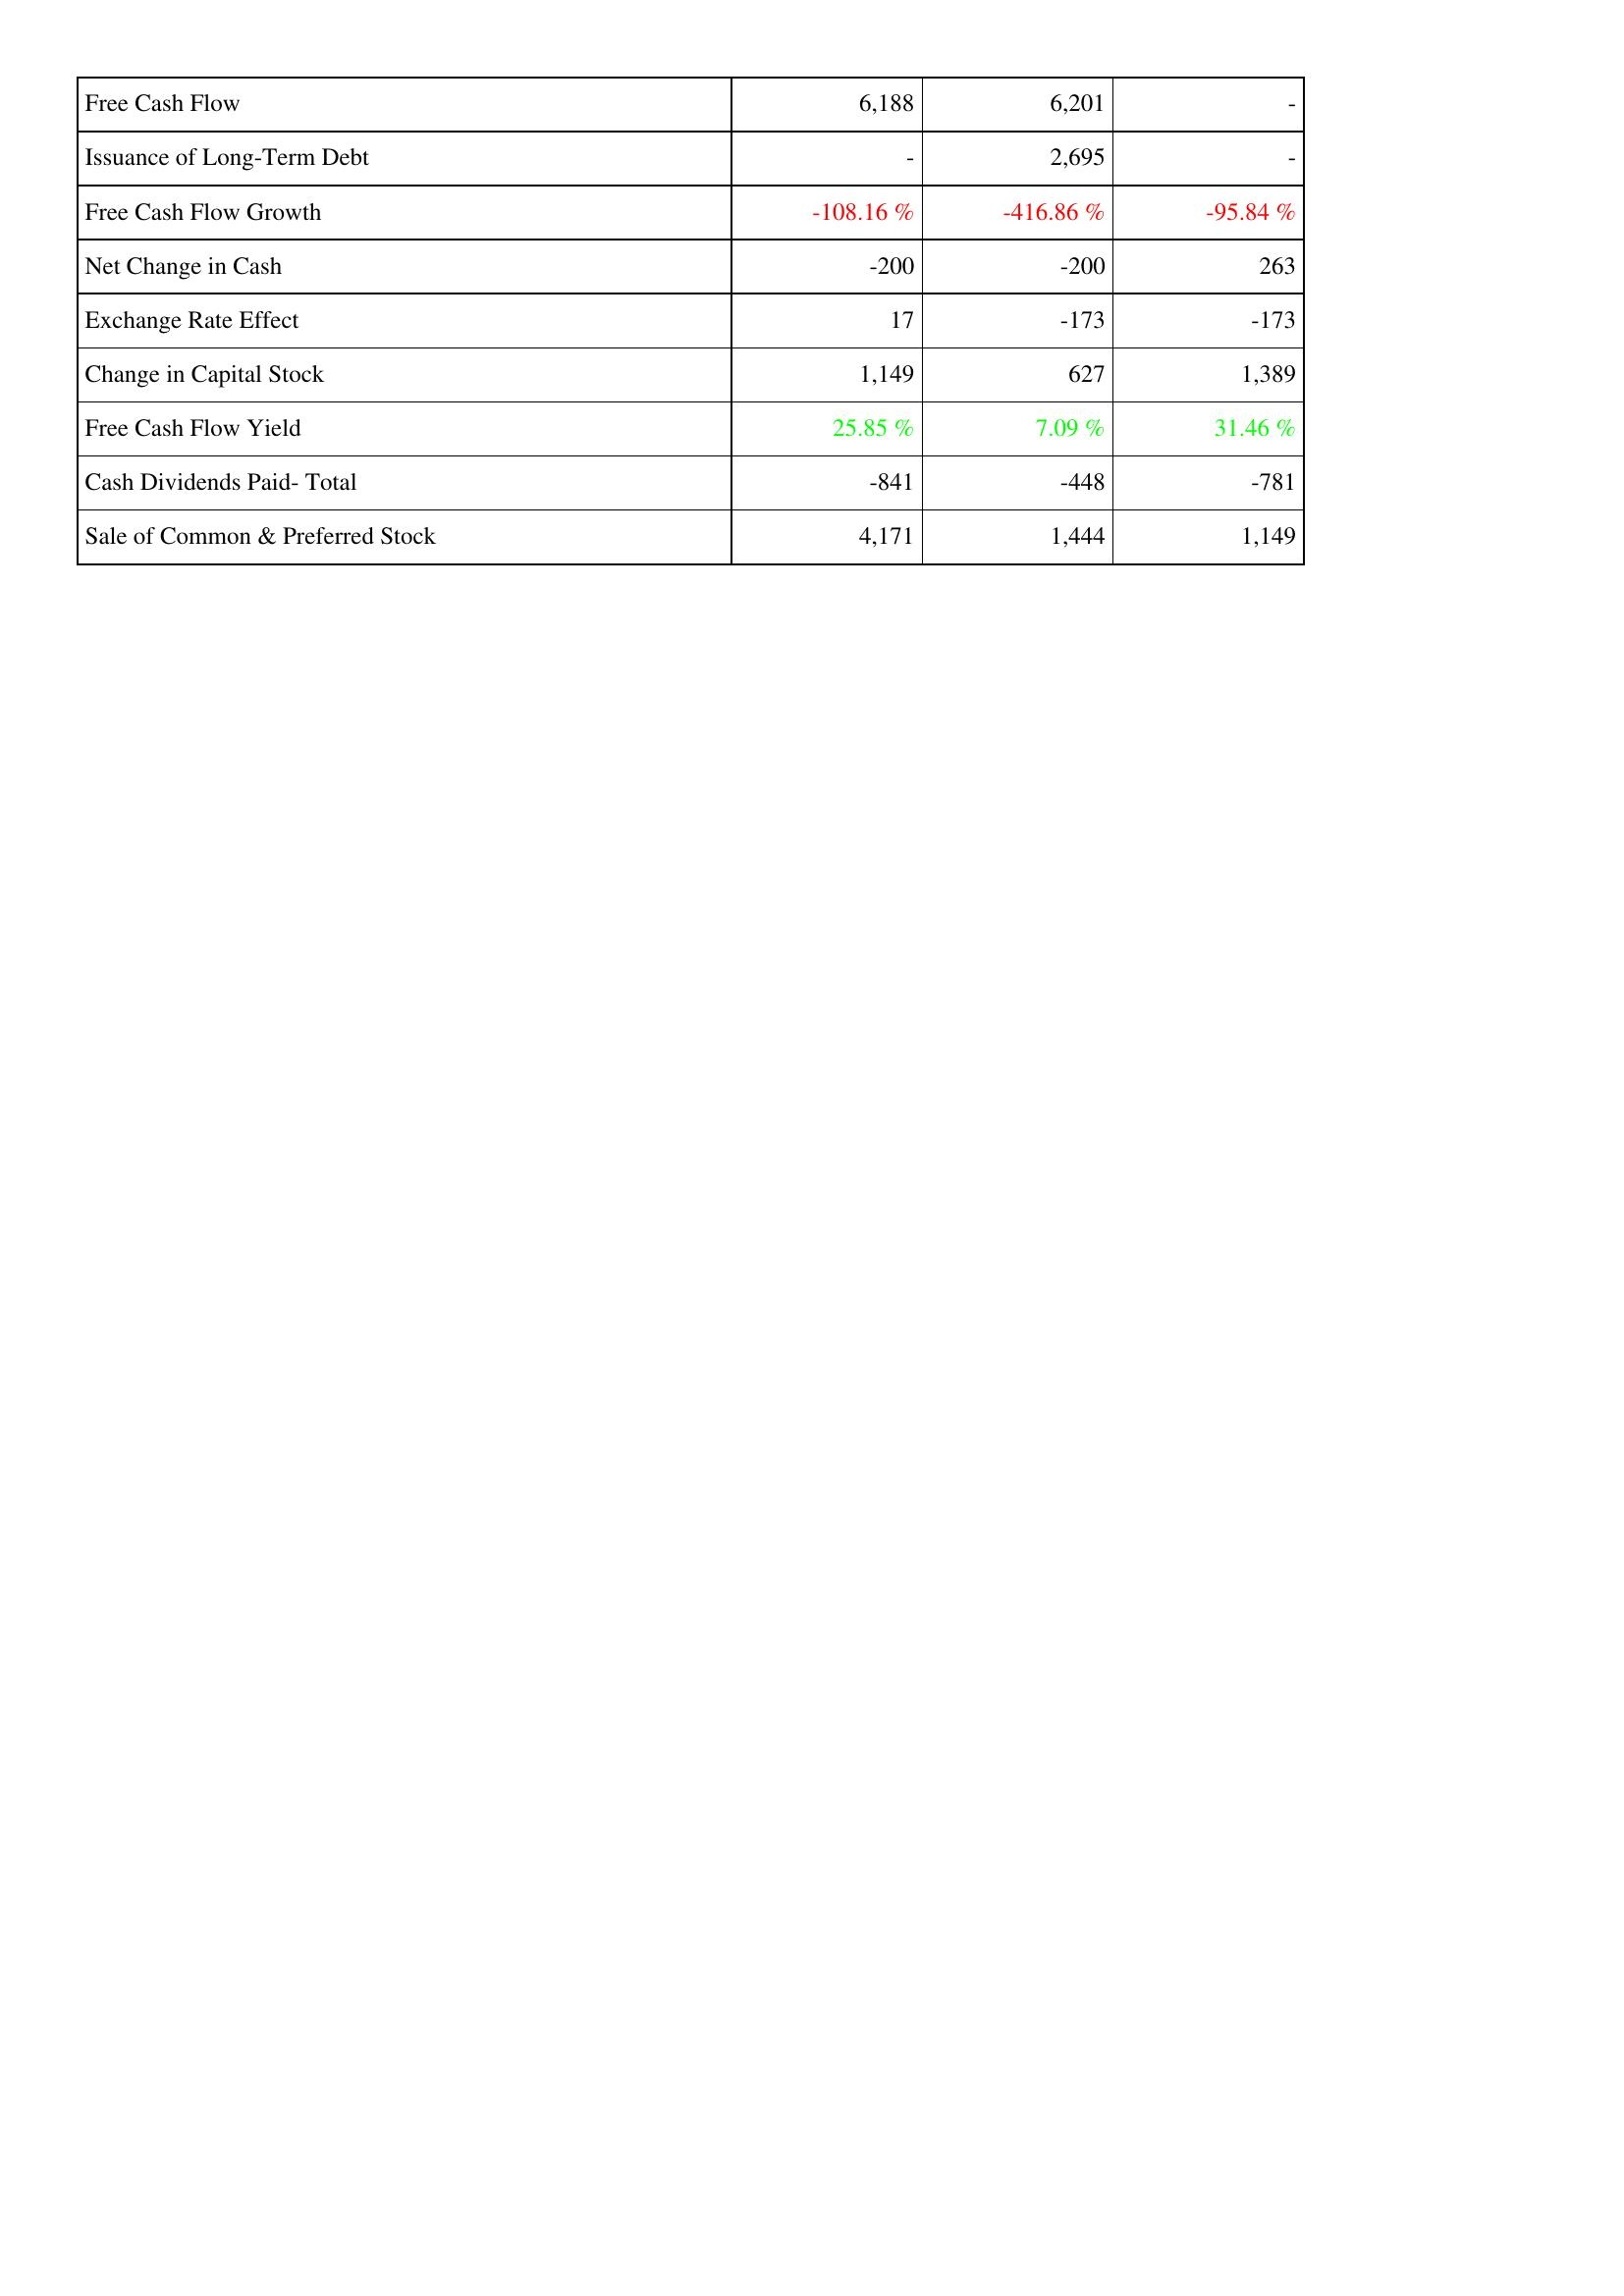
2008: Financing Activities: Free Cash Flow: 6,188
Issuance of Long-Term Debt: -
Free Cash Flow Growth: -108.16 %
Net Change in Cash: -200
Exchange Rate Effect: 17
Change in Capital Stock: 1,149
Free Cash Flow Yield: 25.85 %
Cash Dividends Paid- Total: -841
Sale of Common & Preferred Stock: 4,171
2007: Financing Activities: Free Cash Flow: 6,201
Issuance of Long-Term Debt: 2,695
Free Cash Flow Growth: -416.86 %
Net Change in Cash: -200
Exchange Rate Effect: -173
Change in Capital Stock: 627
Free Cash Flow Yield: 7.09 %
Cash Dividends Paid- Total: -448
Sale of Common & Preferred Stock: 1,444
2006: Financing Activities: Free Cash Flow: -
Issuance of Long-Term Debt: -
Free Cash Flow Growth: -95.84 %
Net Change in Cash: 263
Exchange Rate Effect: -173
Change in Capital Stock: 1,389
Free Cash Flow Yield: 31.46 %
Cash Dividends Paid- Total: -781
Sale of Common & Preferred Stock: 1,149